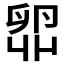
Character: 𫧼